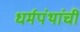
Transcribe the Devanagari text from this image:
धर्मपंथांचीं